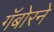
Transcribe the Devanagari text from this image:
गॅबोरने